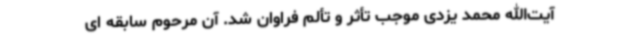
آیت‌الله محمد یزدی موجب تأثر و تألم فراوان شد. آن مرحوم سابقه ای